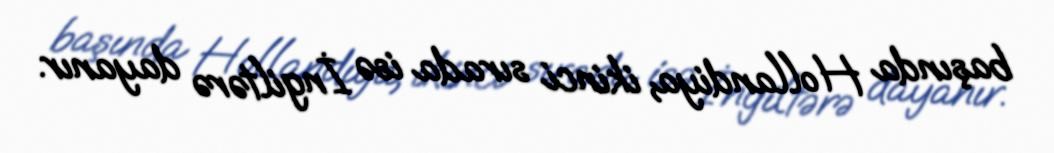
başında Hollandiya, ikinci sırada isə İngiltərə dayanır.